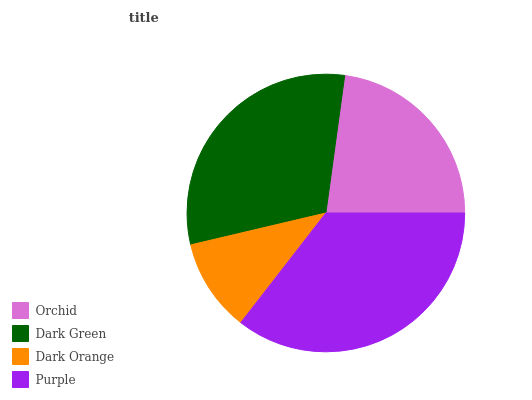
| Orchid | Dark Green | Dark Orange | Purple |
 | --- | --- | --- | --- |
 | 22.8% | 30.9% | 10.8% | 35.5% |